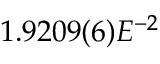
1 . 9 2 0 9 ( 6 ) E ^ { - 2 }